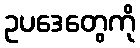
ဥပဒေတွေကို